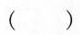
( )